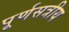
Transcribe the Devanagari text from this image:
पूर्णसत्रीय